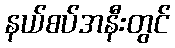
နယ်စပ်အနီးတွင်